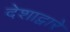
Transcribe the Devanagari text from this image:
देशाद्वारे